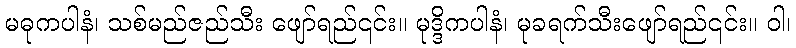
မဓုကပါနံ၊ သစ်မည်ဇည်သီး ဖျော်ရည်၎င်း။ မုဒ္ဒိကပါနံ၊ မုခရက်သီးဖျော်ရည်၎င်း။ ဝါ၊